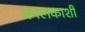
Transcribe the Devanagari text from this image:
कालकाशी